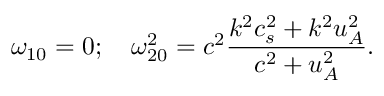
\omega _ { 1 0 } = 0 ; \quad \omega _ { 2 0 } ^ { 2 } = c ^ { 2 } \frac { k ^ { 2 } c _ { s } ^ { 2 } + k ^ { 2 } u _ { A } ^ { 2 } } { c ^ { 2 } + u _ { A } ^ { 2 } } .